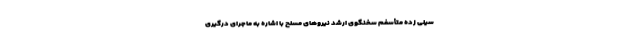
سیلی زده متأسفم سخنگوی ارشد نیروهای مسلح با اشاره به ماجرای درگیری